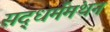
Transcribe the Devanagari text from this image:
सद्‌धर्ममंथन